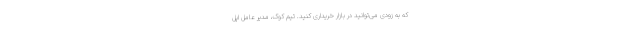
که به زودی می‌توانید در بازار خریداری کنید. تیم کوک، مدیر عامل اپل